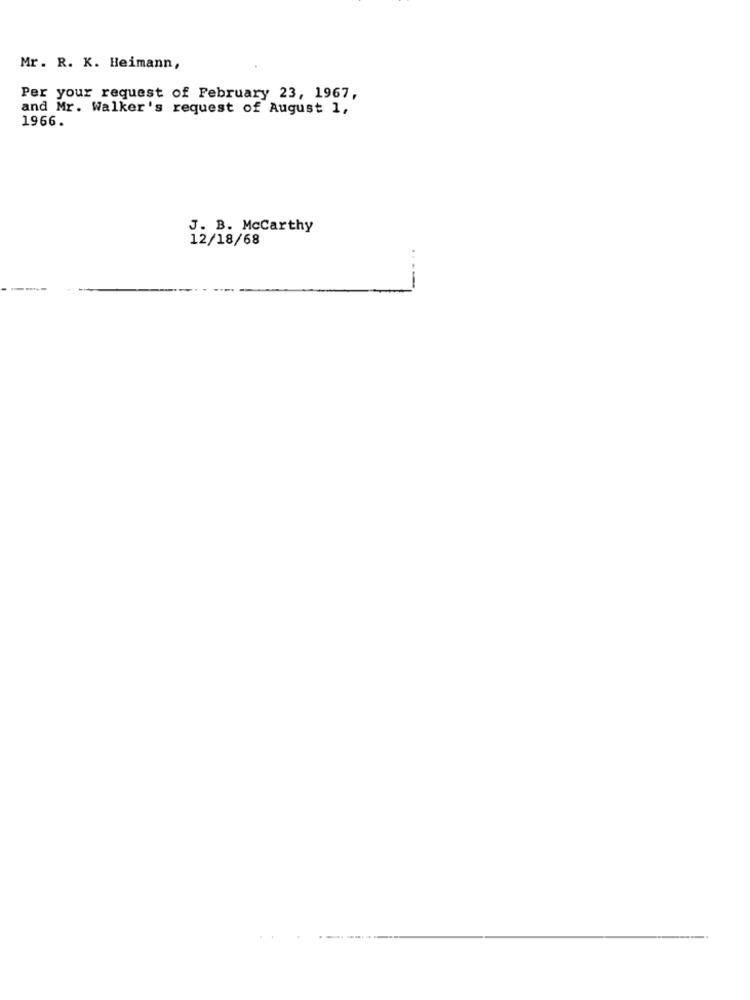
Mr. R. K. Heimann,
Per your request of February 23, 1967,
and Mr. Walker's request of August 1,
1966.
J. B. Mccarthy
12/18/68